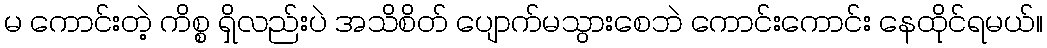
မ ကောင်းတဲ့ ကိစ္စ ရှိလည်းပဲ အသိစိတ် ပျောက်မသွားစေဘဲ ကောင်းကောင်း နေထိုင်ရမယ်။